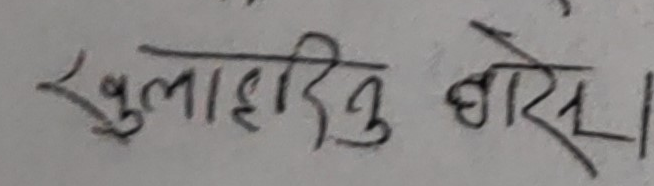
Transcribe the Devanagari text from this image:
खुलाहिदिनु होस्।